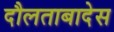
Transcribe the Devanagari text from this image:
दौलताबादेस